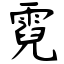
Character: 霓